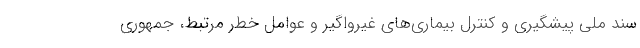
سند ملی پیشگیری و کنترل بیماری‌های غیرواگیر و عوامل خطر مرتبط، جمهوری